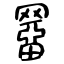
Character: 羀